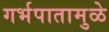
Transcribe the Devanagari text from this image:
गर्भपातामुळे